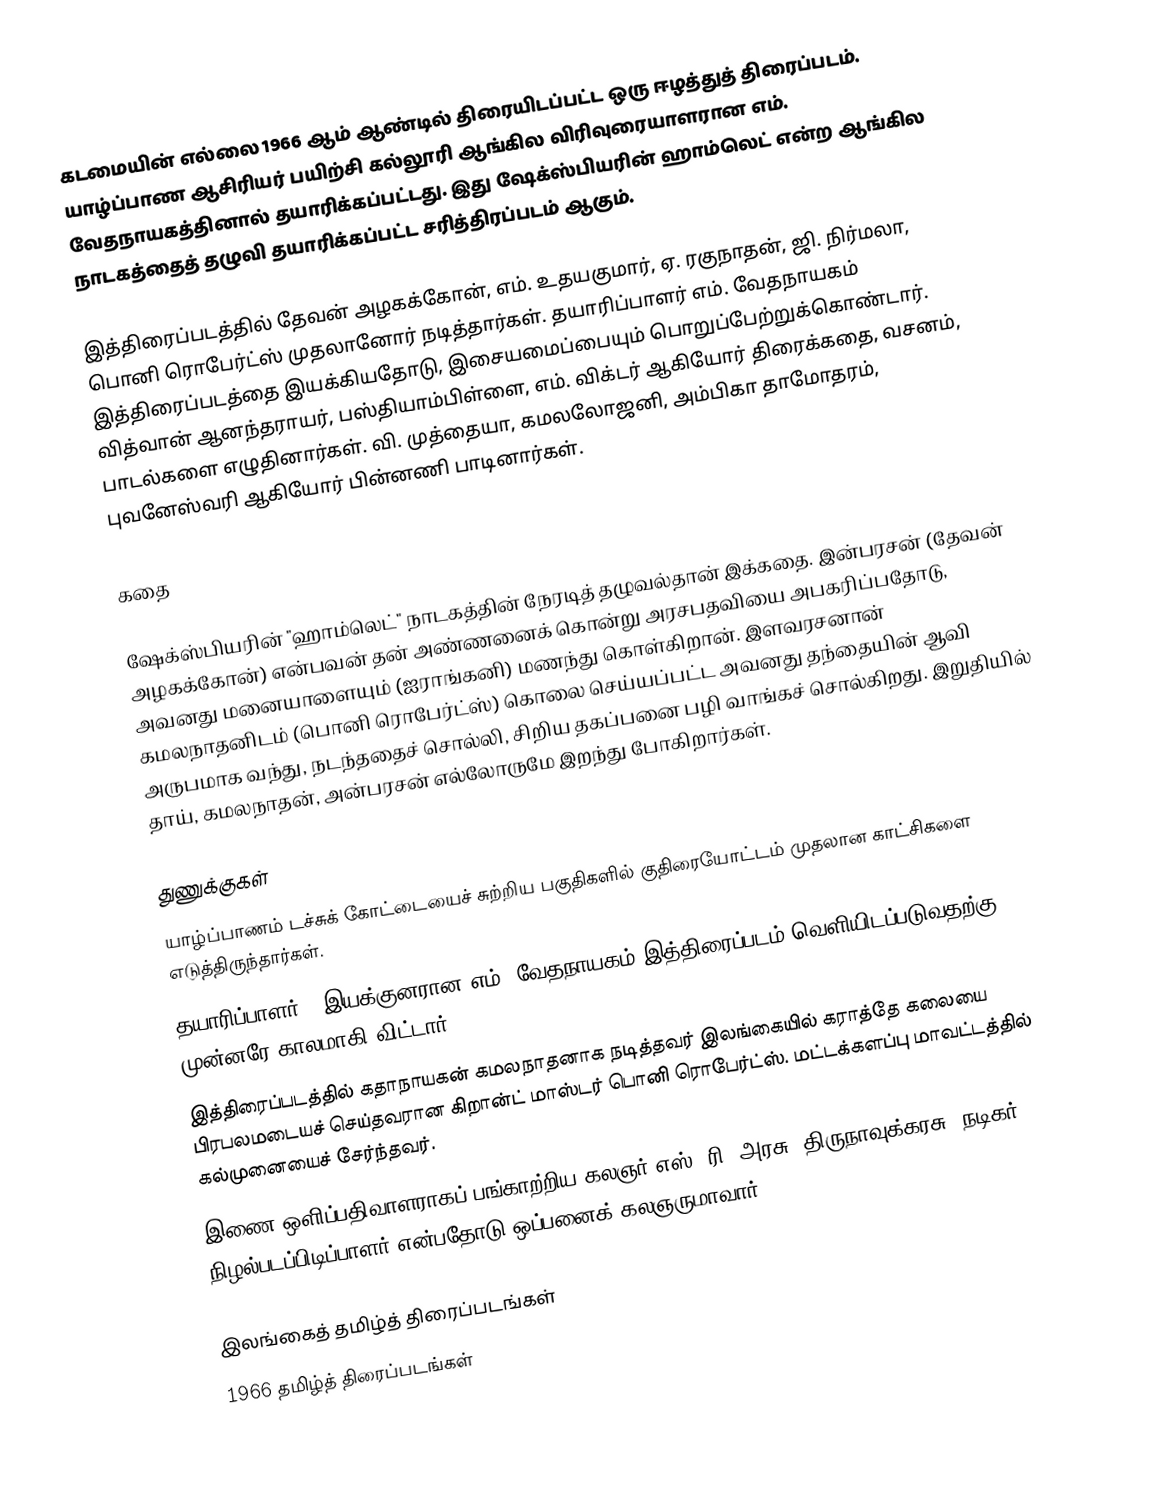
கடமையின் எல்லை 1966 ஆம் ஆண்டில் திரையிடப்பட்ட ஒரு ஈழத்துத் திரைப்படம். யாழ்ப்பாண ஆசிரியர் பயிற்சி கல்லூரி ஆங்கில விரிவுரையாளரான எம். வேதநாயகத்தினால் தயாரிக்கப்பட்டது. இது ஷேக்ஸ்பியரின் ஹாம்லெட் என்ற ஆங்கில நாடகத்தைத் தழுவி தயாரிக்கப்பட்ட சரித்திரப்படம் ஆகும்.

இத்திரைப்படத்தில் தேவன் அழகக்கோன், எம். உதயகுமார், ஏ. ரகுநாதன், ஜி. நிர்மலா,  பொனி ரொபேர்ட்ஸ் முதலானோர் நடித்தார்கள். தயாரிப்பாளர் எம். வேதநாயகம் இத்திரைப்படத்தை இயக்கியதோடு, இசையமைப்பையும் பொறுப்பேற்றுக்கொண்டார். வித்வான் ஆனந்தராயர், பஸ்தியாம்பிள்ளை, எம். விக்டர் ஆகியோர் திரைக்கதை, வசனம், பாடல்களை எழுதினார்கள். வி. முத்தையா, கமலலோஜனி, அம்பிகா தாமோதரம், புவனேஸ்வரி ஆகியோர் பின்னணி பாடினார்கள்.

கதை

ஷேக்ஸ்பியரின் "ஹாம்லெட்" நாடகத்தின் நேரடித் தழுவல்தான் இக்கதை. இன்பரசன் (தேவன் அழகக்கோன்) என்பவன் தன் அண்ணனைக் கொன்று அரசபதவியை அபகரிப்பதோடு, அவனது மனையாளையும் (ஐராங்கனி) மணந்து கொள்கிறான். இளவரசனான் கமலநாதனிடம் (பொனி ரொபேர்ட்ஸ்) கொலை செய்யப்பட்ட அவனது தந்தையின் ஆவி அருபமாக வந்து, நடந்ததைச் சொல்லி, சிறிய தகப்பனை பழி வாங்கச் சொல்கிறது. இறுதியில் தாய், கமலநாதன், அன்பரசன் எல்லோருமே இறந்து போகிறார்கள்.

துணுக்குகள்
 யாழ்ப்பாணம் டச்சுக் கோட்டையைச் சுற்றிய பகுதிகளில் குதிரையோட்டம் முதலான காட்சிகளை எடுத்திருந்தார்கள்.
 தயாரிப்பாளர் - இயக்குனரான எம். வேதநாயகம் இத்திரைப்படம் வெளியிடப்படுவதற்கு முன்னரே காலமாகி விட்டார்.
 இத்திரைப்படத்தில் கதாநாயகன் கமலநாதனாக நடித்தவர் இலங்கையில் கராத்தே கலையை பிரபலமடையச் செய்தவரான கிறான்ட் மாஸ்டர் பொனி ரொபேர்ட்ஸ். மட்டக்களப்பு மாவட்டத்தில் கல்முனையைச் சேர்ந்தவர்.
 இணை ஒளிப்பதிவாளராகப் பங்காற்றிய கலஞர் எஸ். ரி. அரசு (திருநாவுக்கரசு) நடிகர், நிழல்படப்பிடிப்பாளர் என்பதோடு ஒப்பனைக் கலஞருமாவார்.

இலங்கைத் தமிழ்த் திரைப்படங்கள்
1966 தமிழ்த் திரைப்படங்கள்